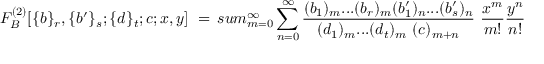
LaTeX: F _ { B } ^ { ( 2 ) } [ \{ b \} _ { r } , \{ b ^ { \prime } \} _ { s } ; \{ d \} _ { t } ; c ; x , y ] \ = \, s u m _ { m = 0 } ^ { \infty } \sum _ { n = 0 } ^ { \infty } \frac { ( b _ { 1 } ) _ { m } . . . ( b _ { r } ) _ { m } ( b _ { 1 } ^ { \prime } ) _ { n } . . . ( b _ { s } ^ { \prime } ) _ { n } } { ( d _ { 1 } ) _ { m } . . . ( d _ { t } ) _ { m } \ ( c ) _ { m + n } } \ \frac { x ^ { m } } { m ! } \frac { y ^ { n } } { n ! }